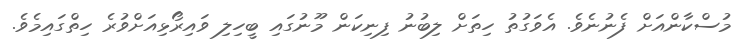
މުސްކާންއަށް ފެނުނެވެ. އެވަގުތު ހިތަށް ލިބުނު ފިނިކަން މޫނުގައި ބީހިލި ވައިރޯޅިއަށްވުރެ ހިތްގައިމެވެ.